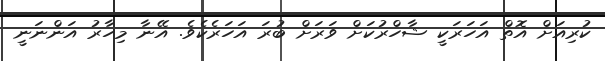
ކުރިއަށް އޮތް އަހަރަކީ ޝާހްރުކަށް ވަރަށް ބުރަ އަހަރެކެވެ. އޭނާ މިހާރު އަންނަނީ